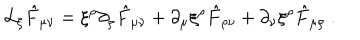
{ \cal L } _ { \xi } \hat { F } _ { \mu \nu } = \xi ^ { \rho } \partial _ { \rho } \hat { F } _ { \mu \nu } + \partial _ { \mu } \xi ^ { \rho } \hat { F } _ { \rho \nu } + \partial _ { \nu } \xi ^ { \rho } \hat { F } _ { \mu \rho } \ .